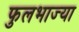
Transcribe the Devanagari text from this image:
फुलभाज्या